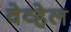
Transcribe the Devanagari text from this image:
वेव्हेल